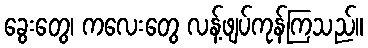
ခွေးတွေ၊ ကလေးတွေ လန့်ဖျပ်ကုန်ကြသည်။